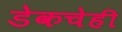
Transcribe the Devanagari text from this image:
डेकचेही